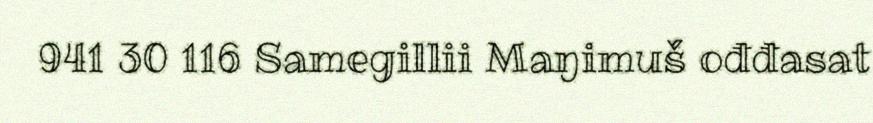
941 30 116 Samegillii Maŋimuš ođđasat